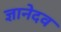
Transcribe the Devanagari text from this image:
ज्ञानेदव